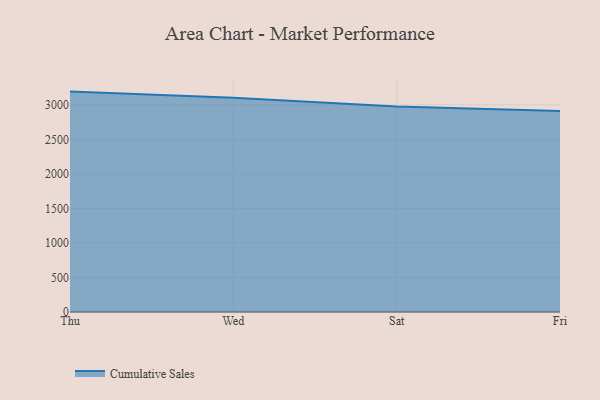
{"axis": {"x": "Day", "y": "Waste Production (Tons)"}, "legend": ["Cumulative Sales"], "data": [{"x": "Thu", "y": 3191.2, "type": "Cumulative Sales"}, {"x": "Wed", "y": 3102.2, "type": "Cumulative Sales"}, {"x": "Sat", "y": 2975.1, "type": "Cumulative Sales"}, {"x": "Fri", "y": 2910.2, "type": "Cumulative Sales"}]}